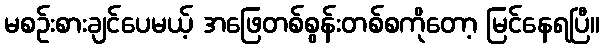
မစဉ်းစားချင်ပေမယ့် အဖြေတစ်စွန်းတစ်စကိုတော့ မြင်နေရပြီ။